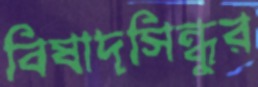
বিষাদসিন্ধুর